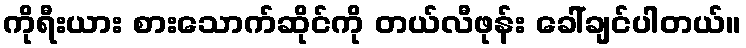
ကိုရီးယား စားသောက်ဆိုင်ကို တယ်လီဖုန်း ခေါ်ချင်ပါတယ်။